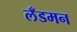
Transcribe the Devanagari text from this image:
लँडमन